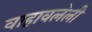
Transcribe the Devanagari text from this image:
वाहावलेली